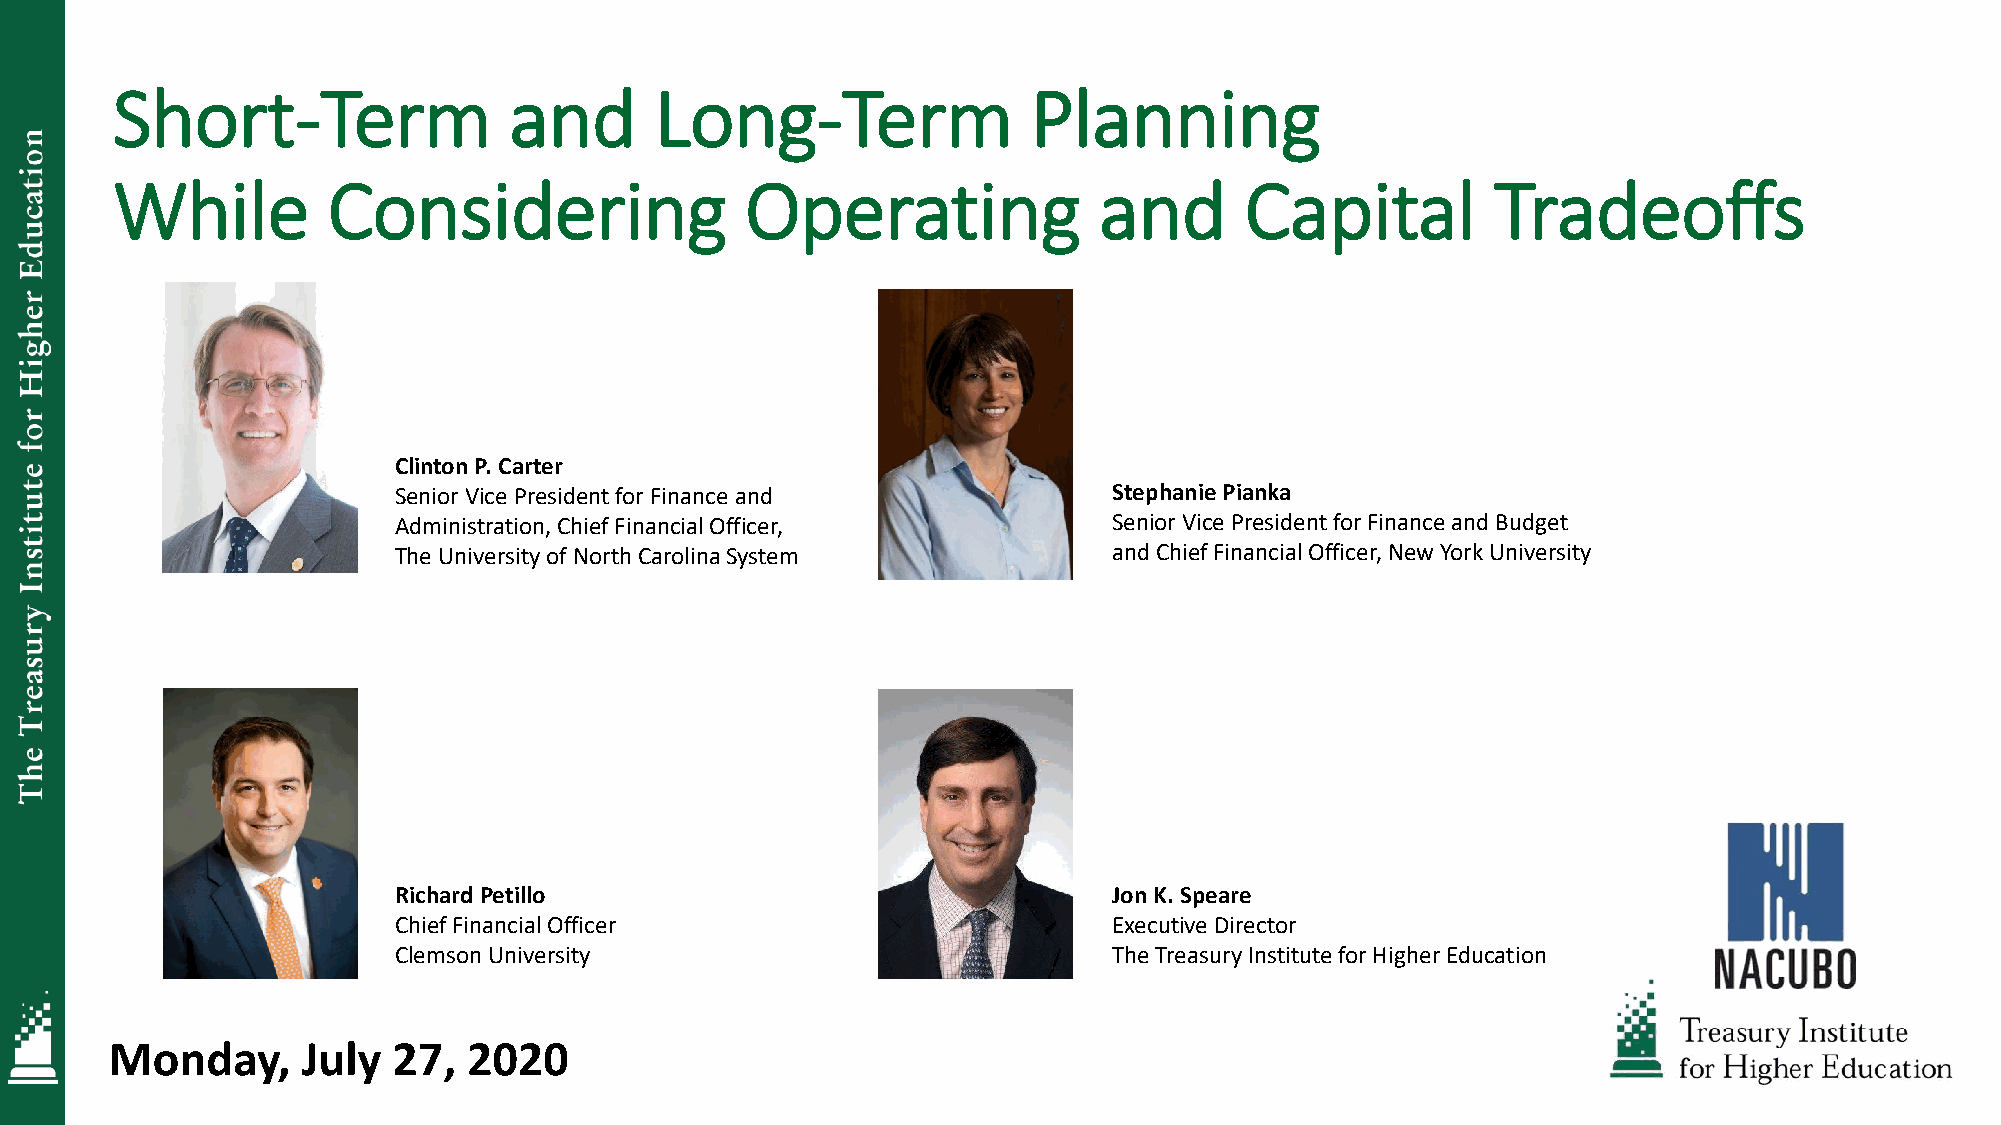
Short-Term                 and      Long-Term                Planning
 While          Considering                Operating               and      Capital          Tradeoffs
 Clinton P. Carter
 Senior Vice President for Finance and           Stephanie Pianka
 Administration, Chief Financial Officer,        Senior Vice President for Finance and Budget
 The University of North Carolina System         and Chief Financial Officer, New York University
 Richard Petillo                                 Jon K. Speare
 Chief Financial Officer                         Executive Director
 Clemson University                              The Treasury Institute for Higher Education
 Monday,      July  27,  2020